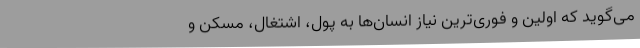
می‌گوید که اولین و فوری‌ترین نیاز انسان‌ها به پول، اشتغال، مسکن و